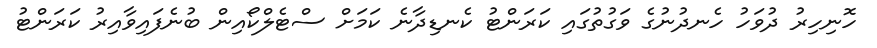
ހޮނިހިރު ދުވަހު ހެނދުނުގެ ވަގުތުގައި ކަރަންޓު ކެނޑިދާނެ ކަމަށް ސްޓެލްކޯއިން ބުނެފައިވާއިރު ކަރަންޓު